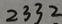
2 3 3 2